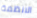
الانظمة